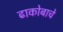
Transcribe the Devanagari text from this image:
ढाकोबाचे